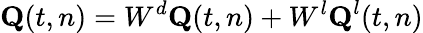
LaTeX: \textbf{Q}(t,n)=W^{d}\textbf{Q}(t,n)+W^{l}\textbf{Q}^{l}(t,n)